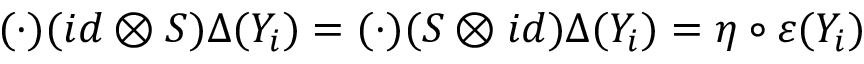
( \cdot ) ( i d \otimes S ) \Delta ( Y _ { i } ) = ( \cdot ) ( S \otimes i d ) \Delta ( Y _ { i } ) = \eta \circ \varepsilon ( Y _ { i } )